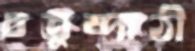
চতুষ্পাঠী